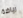
رياضة